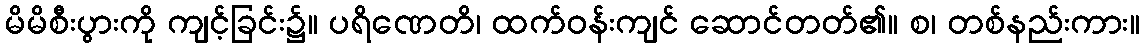
မိမိစီးပွားကို ကျင့်ခြင်း၌။ ပရိဏေတိ၊ ထက်ဝန်းကျင် ဆောင်တတ်၏။ စ၊ တစ်နည်းကား။